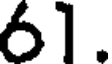
6].